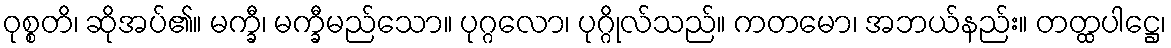
ဝုစ္စတိ၊ ဆိုအပ်၏။ မက္ခီ၊ မက္ခီမည်သော။ ပုဂ္ဂလော၊ ပုဂ္ဂိုလ်သည်။ ကတမော၊ အဘယ်နည်း။ တတ္ထပါဋ္ဌေ၊